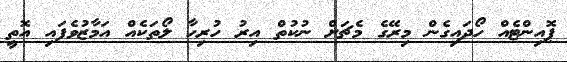
ޕޮއިންޓެއް ހޯދައިގެން މިރޭގެ މެޗަށް ނުކުތް އިރު ހުރިހާ ލޯތަކެއް އަމާޒުވެފައި އޮތީ